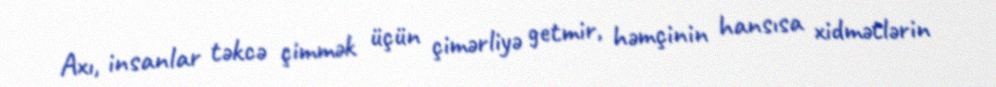
Axı, insanlar təkcə çimmək üçün çimərliyə getmir, həmçinin hansısa xidmətlərin